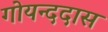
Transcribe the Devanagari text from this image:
गोयन्ददास